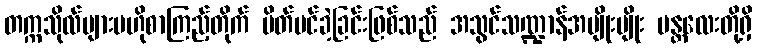
တက္ကသိုလ်များဗဟိုစာကြည့်တိုက် ပိတ်ပင်ခဲ့ခြင်းဖြစ်သည် အသွင်သဏ္ဍာန်အမျိုးမျိုး မန္တလေးတို့ရှိ